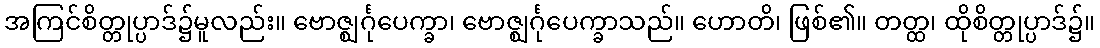
အကြင်စိတ္တုပ္ပာဒ်၌မူလည်း။ ဗောဇ္ဈင်္ဂုပေက္ခာ၊ ဗောဇ္ဈင်္ဂုပေက္ခာသည်။ ဟောတိ၊ ဖြစ်၏။ တတ္ထ၊ ထိုစိတ္တုပ္ပာဒ်၌။